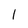
Character: 1